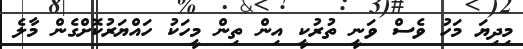
މިދިޔަ މަހު ވެސް ވަނީ ތުރުކީ އިން ތިން މީހަކު ހައްޔަރުކޮށްގެން މާލެ